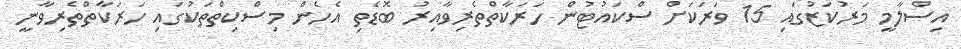
އިސްލާމީ މަރުކަޒުގައި 15 ވަރަކަށް ސްކައުޓުން ހަރަކާތްތެރިވާއިރު ބޮޑެތި އެހެން މިސްކިތްތަކުގައި ހަރަކާތްތެރިވާނީ